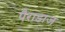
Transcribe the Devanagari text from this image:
पैराडाज